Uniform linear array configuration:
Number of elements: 8
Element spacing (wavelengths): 0.25
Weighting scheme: kaiser
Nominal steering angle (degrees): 0
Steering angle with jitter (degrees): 0.09835
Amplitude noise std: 0.05
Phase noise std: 0.05

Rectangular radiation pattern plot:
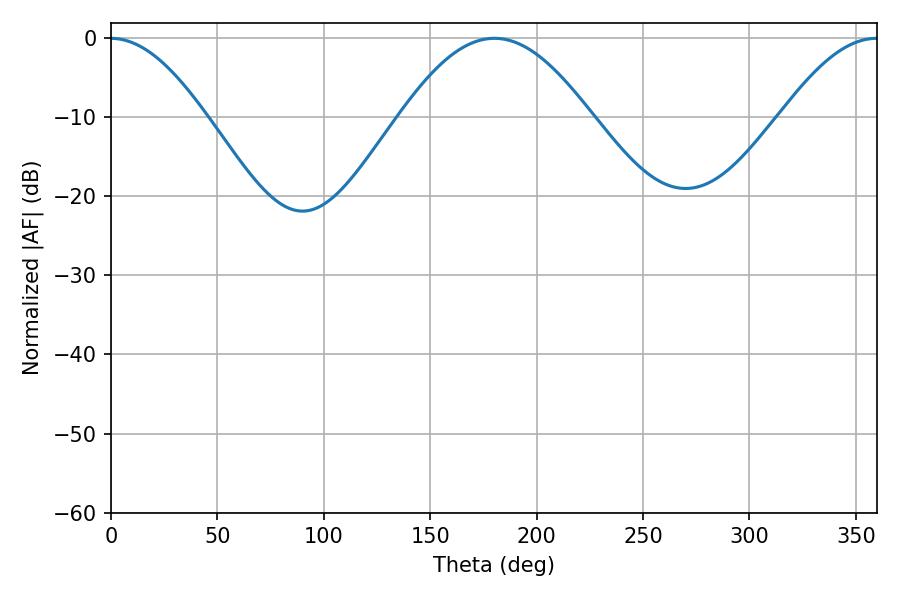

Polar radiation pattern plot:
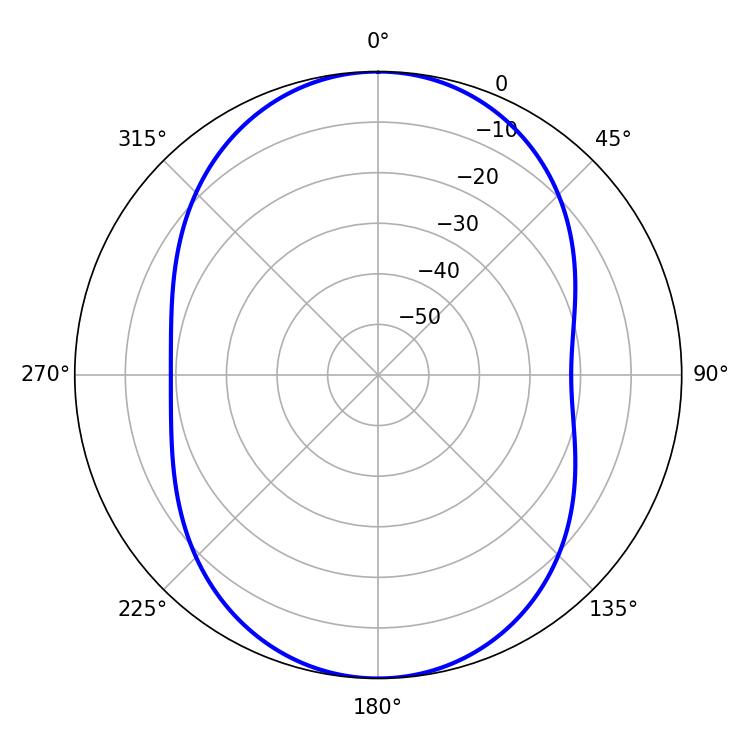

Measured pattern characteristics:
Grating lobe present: FALSE
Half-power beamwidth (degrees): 48.42
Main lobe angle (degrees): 180.18